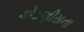
કોટણીસના